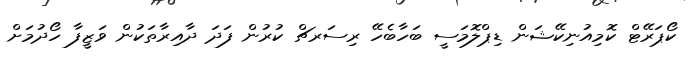
ކޯޕަރޭޓް ކޮމިއުނިކޭޝަން ޑިޕްލޮމަސީ ބަހާބެހޭ ރިސަރޗް ކުރުން ފަދަ ދާއިރާތަކުން ވަޒީފާ ހޯދުމަށް